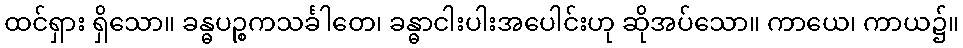
ထင်ရှား ရှိသော။ ခန္ဓပဉ္စကသင်္ခါတေ၊ ခန္ဓာငါးပါးအပေါင်းဟု ဆိုအပ်သော။ ကာယေ၊ ကာယ၌။